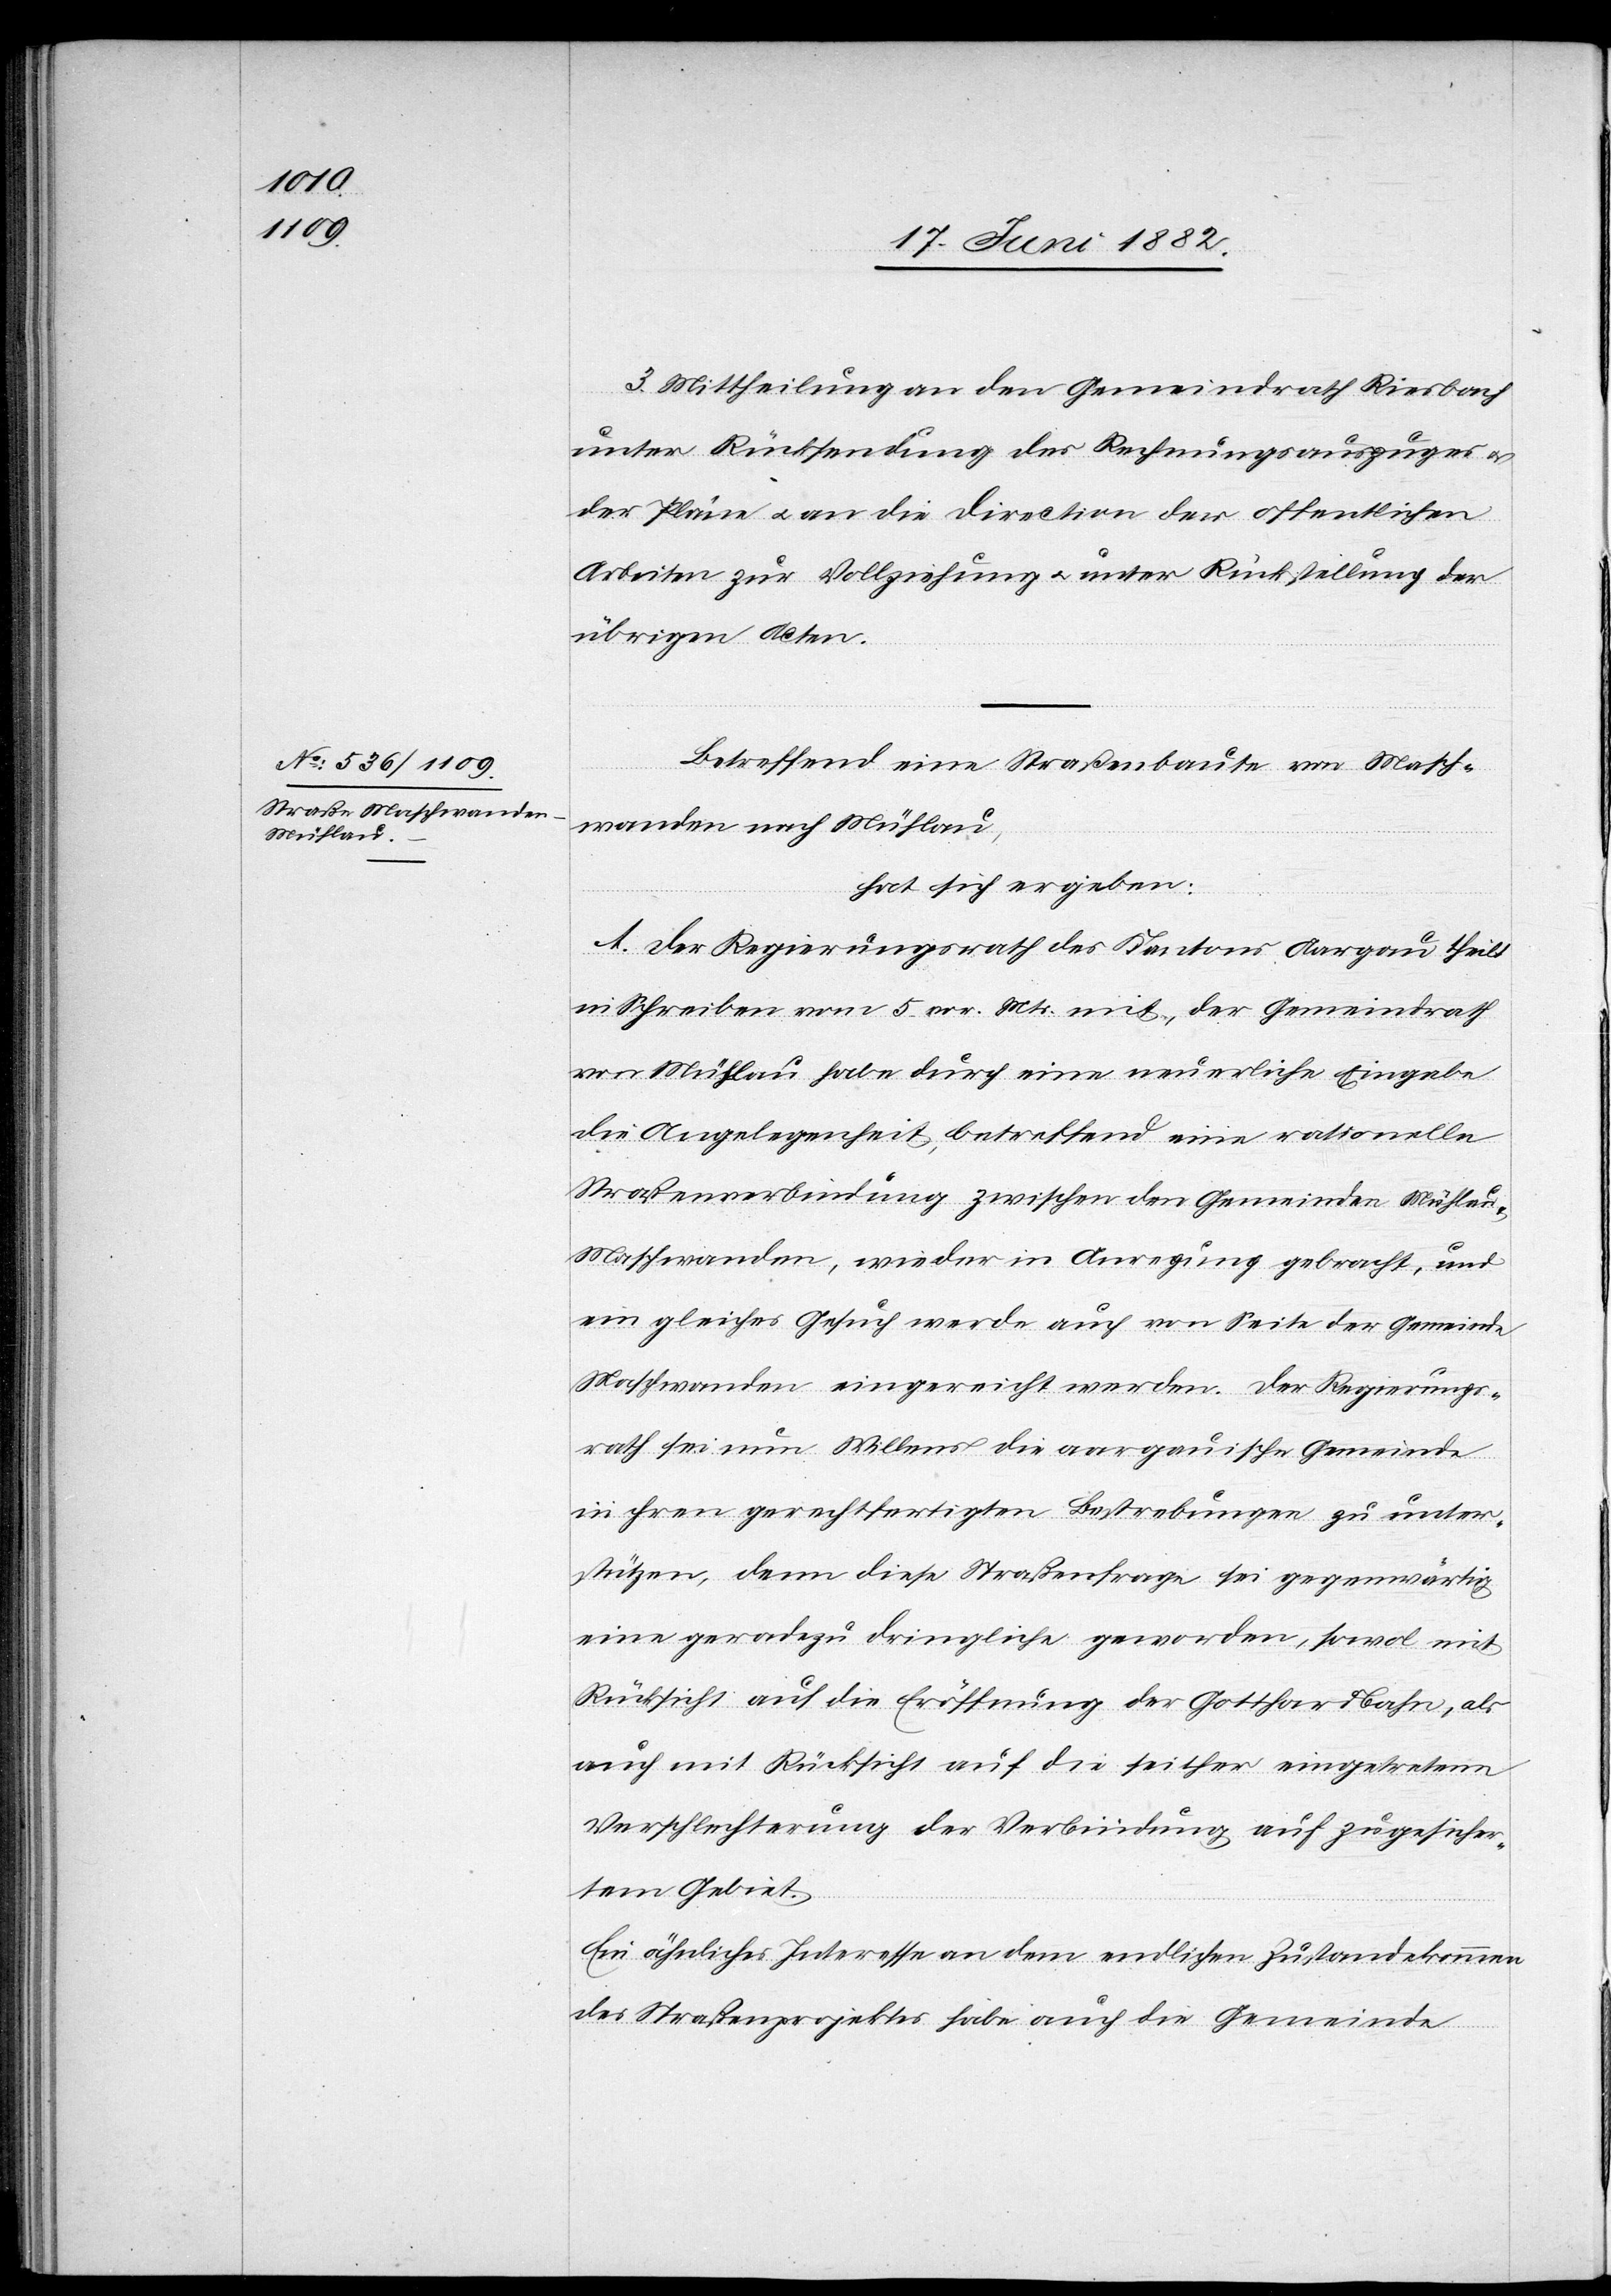
3. Mittheilung an den Gemeindrath Riesbach
unter Rücksendung des Rechnungsauszuges u.
der Pläne u. an die Direction der öffentlichen
Arbeiten zur Vollziehung u. unter Rückstellung der
übrigen Acten.
Betreffend eine Straßenbaute von Masch¬
wanden nach Mühlau,
hat sich ergeben:
A. Der Regierungsrath des Kantons Aargau theilt
in Schreiben vom 5. vor. Mts. mit, der Gemeindrath
von Mühlau habe durch eine neuerliche Eingabe
die Angelegenheit betreffend eine rationelle
Straßenverbindung zwischen den Gemeinde Mühlau
Maschwanden, wieder in Anregung gebracht, und
ein gleiches Gesuch werde auch von Seite der Gemeinde
Maschwanden eingereicht werden. Der Regierungs¬
rath sei nun Willens die aargauische Gemeinde
in ihren gerechtfertigten Bestrebungen zu unter¬
stützen, denn diese Straßenfrage sei gegenwärtig
eine geradezu dringliche geworden, sowol mit
Rücksicht auf die Eröffnung der Gotthardbahn, als
auch mit Rücksicht auf die seither eingetretenen
Verschlechterungen der Verbindung auf zugesichertem
Ein ähnliches Interesse an dem endlichen Zustandekommen
des Straßenprojektes habe auch die Gemeinde